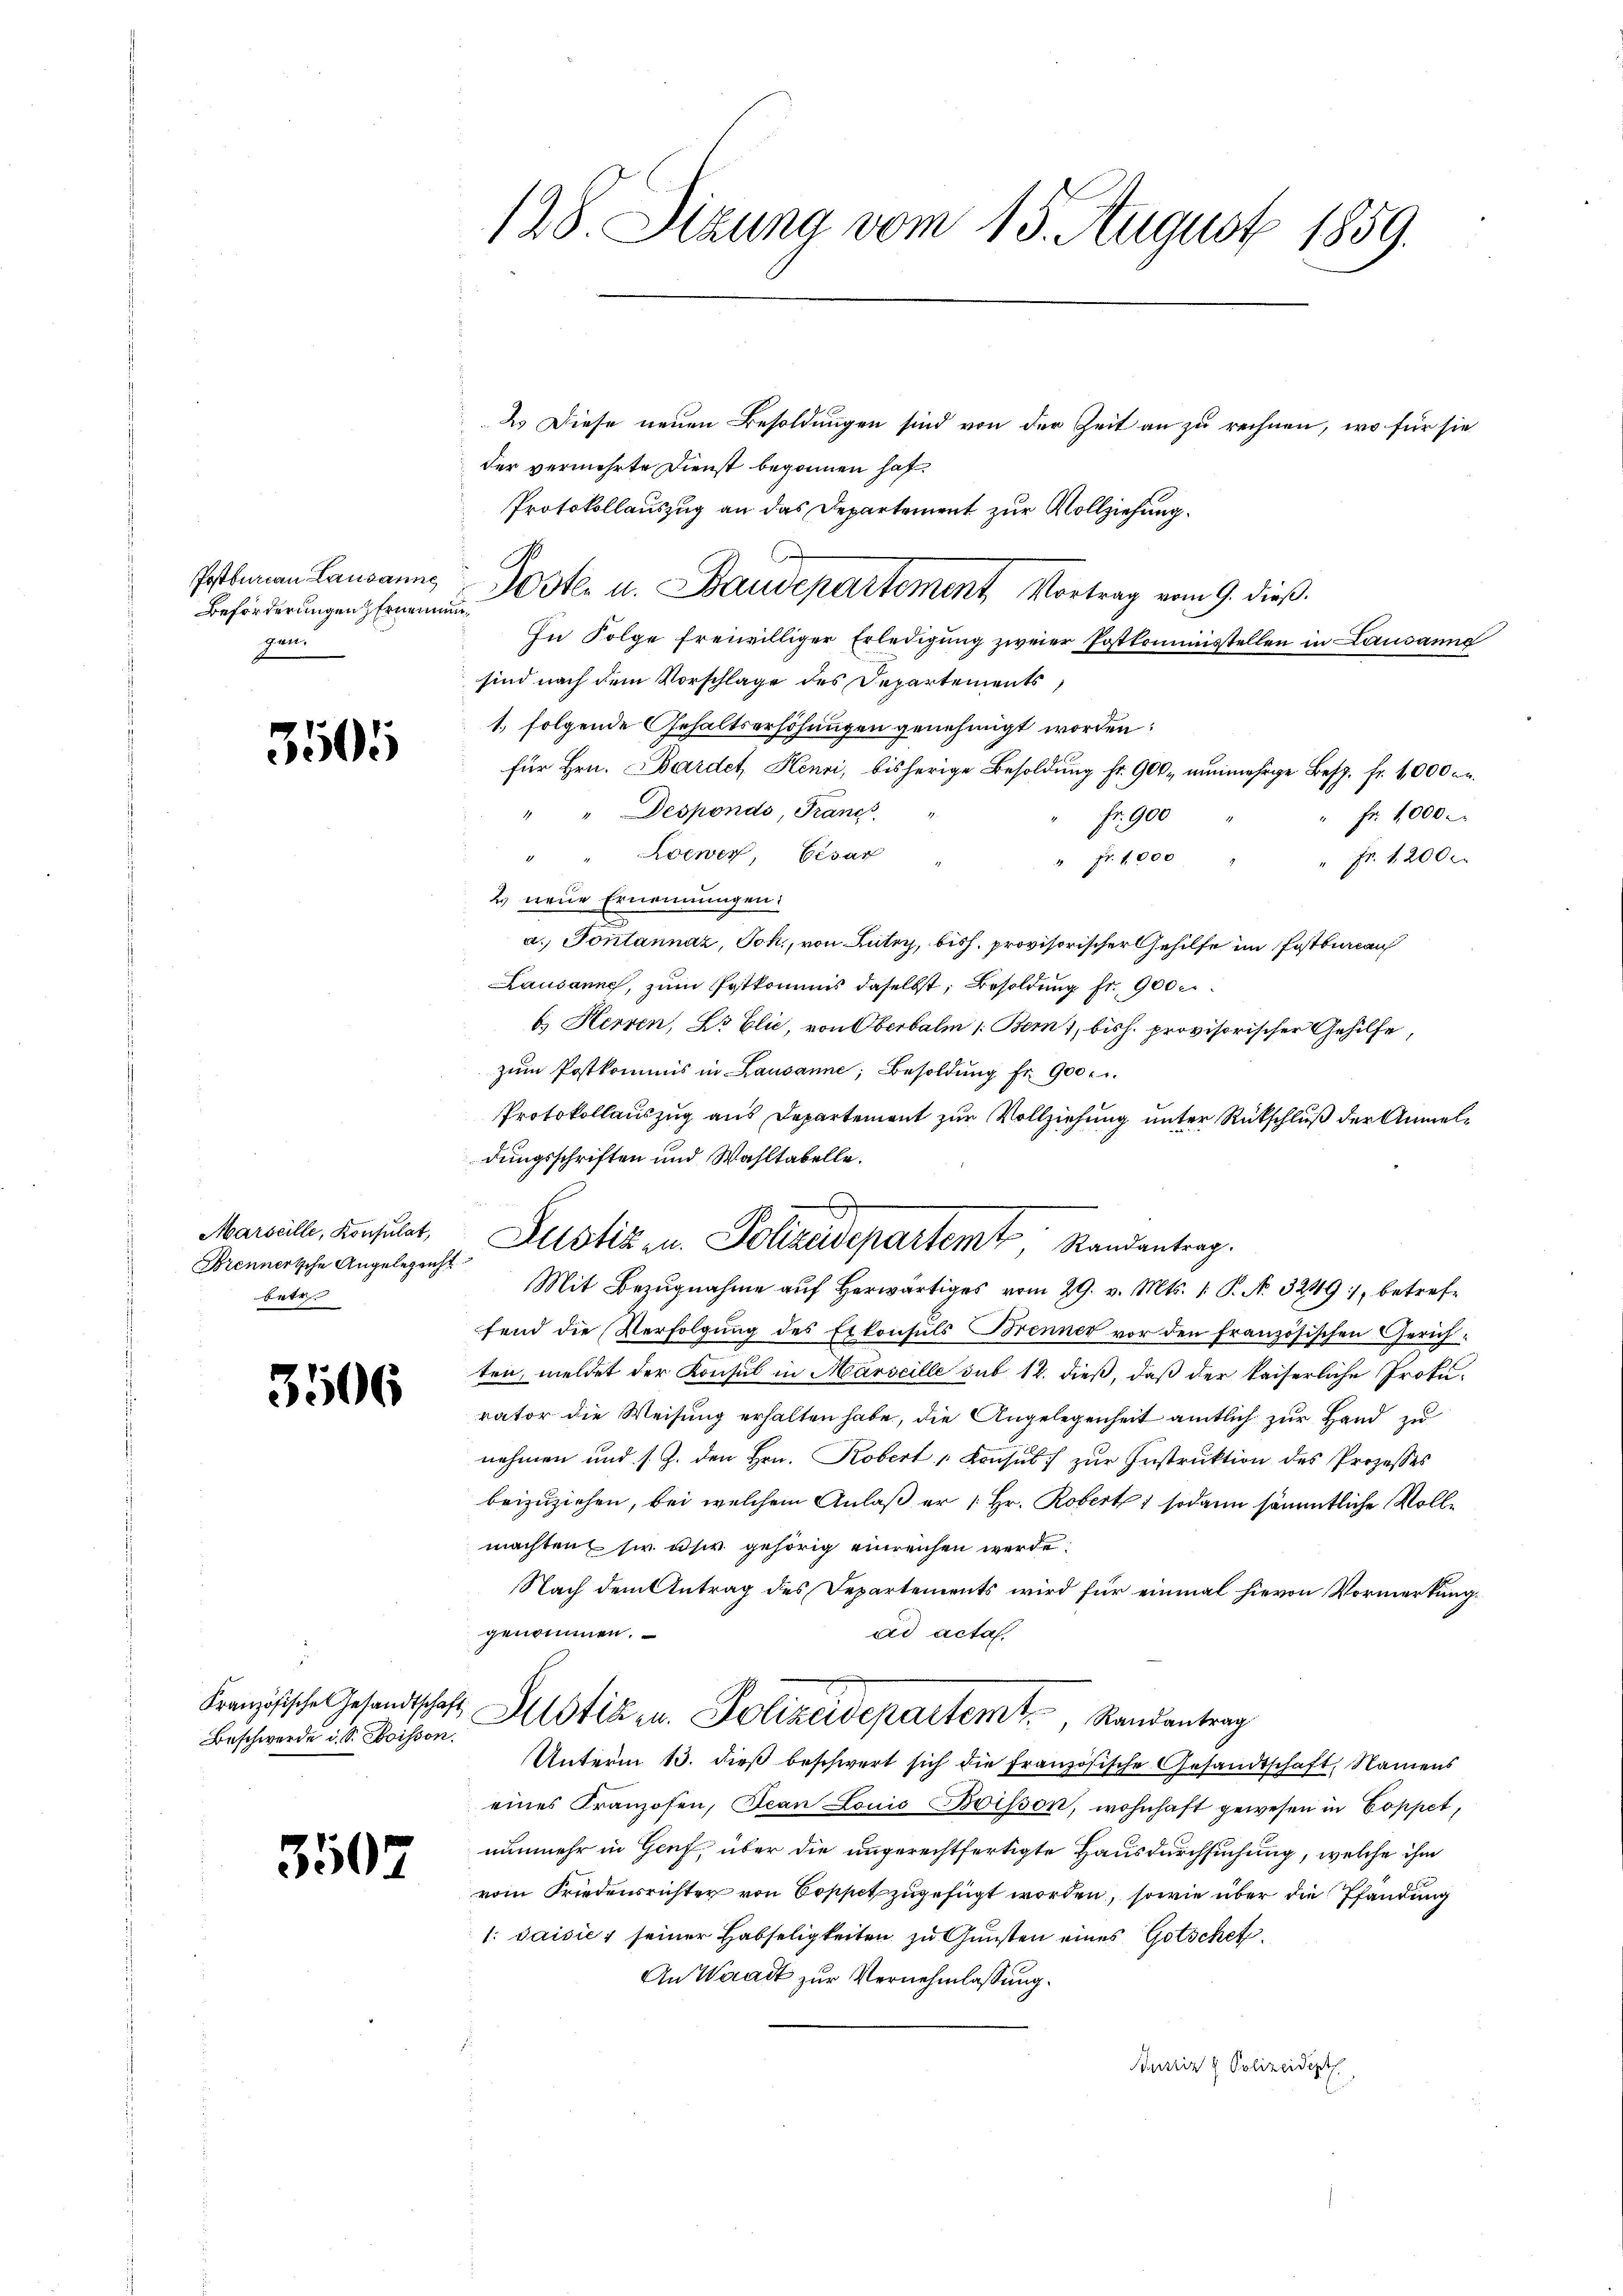
Beförderungen Ernennunzen.

3505

Marseille, Konsulat,
Brennertsche Angelegenst
betr.

3506

Beschwerde d. S. Boisson.

3502

2s Diese neuen Besoldungen sind von der Zeit an zu rechnen, wo für sie
der vermehrte Dienst begonnen hat.
Protokollauszug an das Departement zur Vollziehung.
In Folge freiwilliger Erledigung zweier Postkommisstellen in Lausanne
sind nach dem Vorschlage des Departements
1, folgende Gehaltserhöhungen genehmigt worden:
für Hrn. Bardet, Henri, bisherige Besoldung fr. 900 nunmehrige Zemp. fr. 1000 M.
" " Desponds, Franz
Fr. 1000
fr. 900
" " Loewey, Cesar
Fr. 12000.
Fr. 1000
2 neue Ernennungen:
a. Pontannaz, Joh., von Lutry, bish. provisorischer Gehilfe im Postbureau
Lausanne, zum Postkommis daselbst, Besoldung fr. 900
b.) Herren, Dr Elić, von Oberbalm /: Bern, bish. provisorischer Gehilfe,
zŭm Postkommis in Lausanne, Besoldŭng fr. 900.
Protokollauszug aus Departement zur Vollziehung unter Rückschluß der Anmeldungsschriften und Wahltabelle.
Mit Bezŭgnahme aŭf herwärtiges vom 29. v. Mts. 1. P. Nr. 3249, betreffend die Verfolgung des Erkonsuls Brenner vor den französischen Gerichten, meldet der Konsul in Marseille sub 12. dieß, daß der kaiserliche Prokurator die Weisung erhalten habe, die Angelegenheit amtlich zur Hand zu
nehmen und s. Z. den Hrn. Kobert Konsul zur Instruktion des Prozesses
beizuziehen, bei welchem Anlaß er / Hr. Robert, sodann sämmtliche Vollmachten sie ihr gehörig einreichen werde.
Nach dem Antrag des Departements wird für einmal hievon Vormerkung.
genommen.
ad acta.
Französische Gesandtschaft Altstik u. Polizeidepartemt. Randantrag
Unterm 13. dieß beschwert sich die Französische Gesandtschaft, Namens
eines Franzosen, Jean Louis Boisson, wohnhaft gewesen in Coppet,
nunmehr in Genf, über die ungerechtfertigte Hausdurchsuchung, welche ihm
vom Friedensrichter von Coppet zugefügt worden, sowie über die Pfändung
1: Jaisier seiner Habseligkeiten zu Gunsten eines Gotschet.
An Waadt zur Vernehmlassung.
Rustiz & Polizeident

128. Sizung vom 15. August 1859.

Postbaren Lausanne Poster u. Baudepartement Vortrag vom 9. dieß.

A
Justiz- u. Polizeidepartemt, Randantrag.